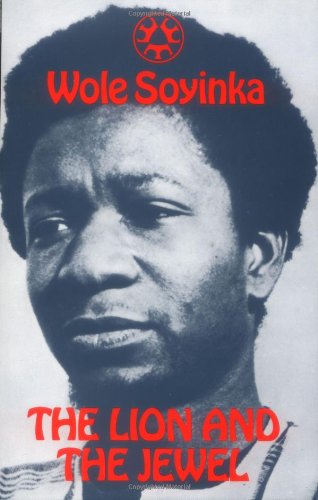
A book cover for The Lion and the Jewel (Three Crowns Books); Wole Soyinka; Self-Help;